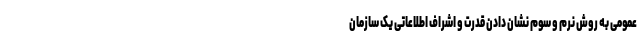
عمومی به روش نرم و سوم نشان دادن قدرت و اشراف اطلاعاتی یک سازمان